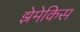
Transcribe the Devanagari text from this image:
झेमेकिस